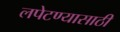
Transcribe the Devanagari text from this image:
लपेटण्यासाठी